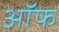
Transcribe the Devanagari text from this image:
अॉफ